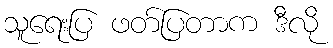
သူရေးပြ ဖတ်ပြတာက ဒီလို